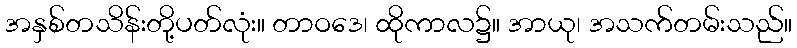
အနှစ်တသိန်းတို့ပတ်လုံး။ တာဝဒေ၊ ထိုကာလ၌။ အာယု၊ အသက်တမ်းသည်။